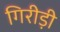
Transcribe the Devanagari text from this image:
गिरीड़ी